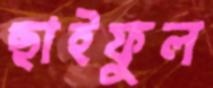
ছাইফুল